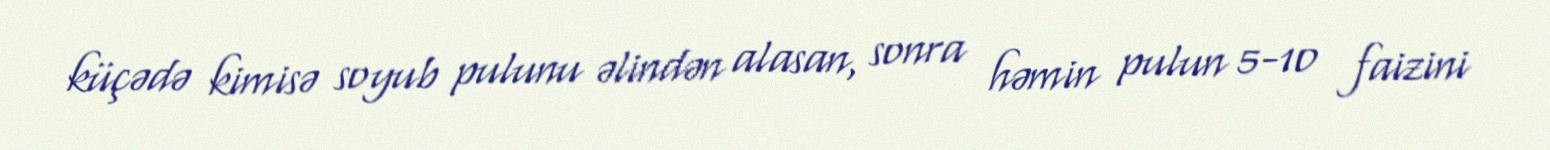
küçədə kimisə soyub pulunu əlindən alasan, sonra həmin pulun 5-10 faizini